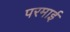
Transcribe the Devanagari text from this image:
परमाई